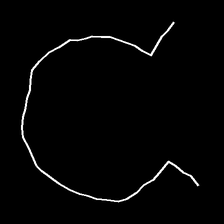
Glyph: weave